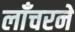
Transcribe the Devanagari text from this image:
लाँचरने